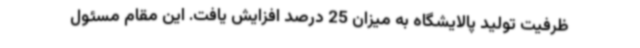
ظرفیت تولید پالایشگاه به میزان 25 درصد افزایش یافت. این مقام مسئول